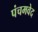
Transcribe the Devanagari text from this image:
पंचमवेद